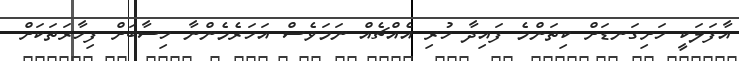
އާފަލަކީ ހަށިގަނޑަށް ކިތަންމެ ފައިދާ ހުރި އެއްޗެއް ނަމަވެސް އަހަރެމެންނާ ހިސާބަށް ފިހާރަތަކަށް